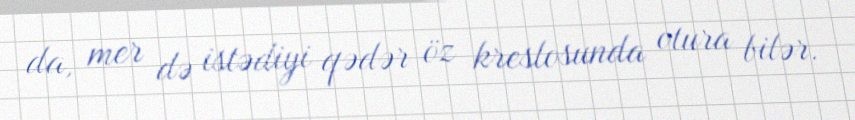
da, mer də istədiyi qədər öz kreslosunda otura bilər.